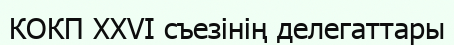
КОКП XXVI съезінің делегаттары